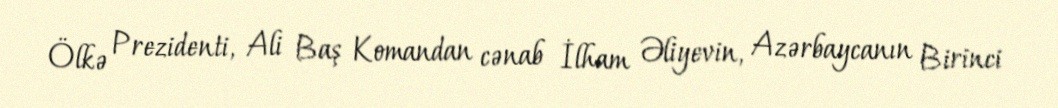
Ölkə Prezidenti, Ali Baş Komandan cənab İlham Əliyevin, Azərbaycanın Birinci